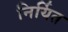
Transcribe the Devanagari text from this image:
निर्यित